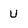
Character: u